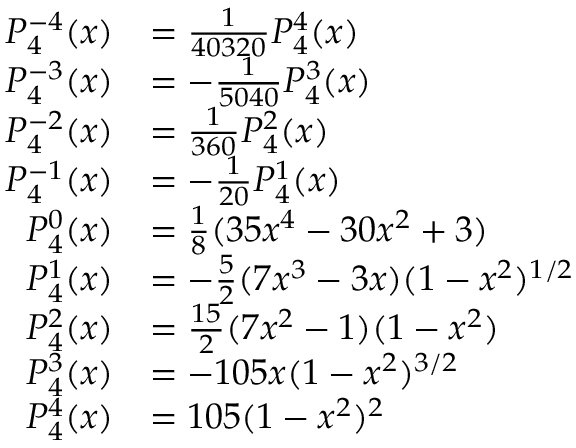
{ \begin{array} { r l } { P _ { 4 } ^ { - 4 } ( x ) } & { = { \frac { 1 } { 4 0 3 2 0 } } P _ { 4 } ^ { 4 } ( x ) } \\ { P _ { 4 } ^ { - 3 } ( x ) } & { = - { \frac { 1 } { 5 0 4 0 } } P _ { 4 } ^ { 3 } ( x ) } \\ { P _ { 4 } ^ { - 2 } ( x ) } & { = { \frac { 1 } { 3 6 0 } } P _ { 4 } ^ { 2 } ( x ) } \\ { P _ { 4 } ^ { - 1 } ( x ) } & { = - { \frac { 1 } { 2 0 } } P _ { 4 } ^ { 1 } ( x ) } \\ { P _ { 4 } ^ { 0 } ( x ) } & { = { \frac { 1 } { 8 } } ( 3 5 x ^ { 4 } - 3 0 x ^ { 2 } + 3 ) } \\ { P _ { 4 } ^ { 1 } ( x ) } & { = - { \frac { 5 } { 2 } } ( 7 x ^ { 3 } - 3 x ) ( 1 - x ^ { 2 } ) ^ { 1 / 2 } } \\ { P _ { 4 } ^ { 2 } ( x ) } & { = { \frac { 1 5 } { 2 } } ( 7 x ^ { 2 } - 1 ) ( 1 - x ^ { 2 } ) } \\ { P _ { 4 } ^ { 3 } ( x ) } & { = - 1 0 5 x ( 1 - x ^ { 2 } ) ^ { 3 / 2 } } \\ { P _ { 4 } ^ { 4 } ( x ) } & { = 1 0 5 ( 1 - x ^ { 2 } ) ^ { 2 } } \end{array} }